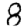
Digit: 8